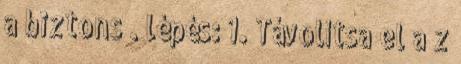
a biztons . lépés: 1. Távolítsa el a z